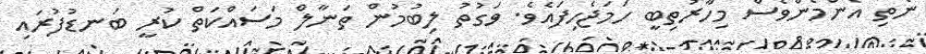
ނެތި އެންމެންވެސް މިހާރުތިބީ ހަމަޖެހިފައެވެ. ވަގުތު ލިބުމުން ތަނާލް މަސައްކަތް ކުރީ ބަނޑުފުރައި